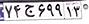
۷۴ج۶۹۹۱۳